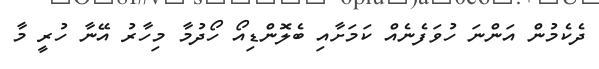
ދެކެމުން އަންނަ ހުވަފެނެއް ކަމަށާއި ބެލޮންޑިއޯ ހޯދުމާ މިހާރު އޭނާ ހުރީ މާ